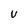
Character: U